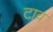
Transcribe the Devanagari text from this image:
टाव